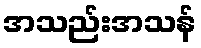
အသည်းအသန်